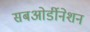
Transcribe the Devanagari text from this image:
सबओर्डीनेशन